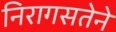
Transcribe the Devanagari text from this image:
निरागसतेने